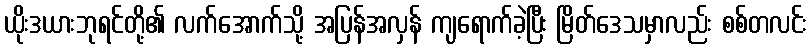
ယိုးဒယားဘုရင်တို့၏ လက်အောက်သို့ အပြန်အလှန် ကျရောက်ခဲ့ပြီး မြိတ်ဒေသမှာလည်း စစ်တလင်း